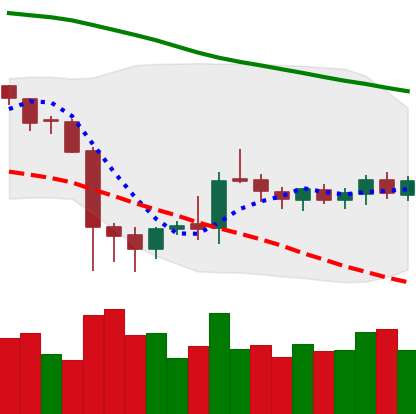
Ticker: DOGE-USD
Chart end date: 2019-10-09
Forward return: 6.575%
Label: up_5_7